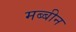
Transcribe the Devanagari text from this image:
मब्बीन